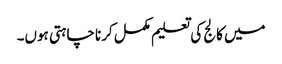
میں کالج کی تعلیم مکمل کرنا چاہتی ہوں۔